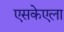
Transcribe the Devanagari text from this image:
एसकेएला